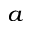
^ a